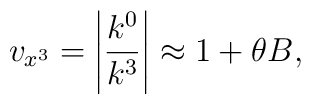
v_{x^3}=\left| \frac{k^0}{k^3}\right| \approx 1+ \theta B,